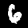
Label: 6